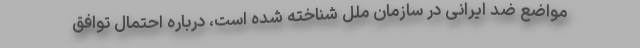
مواضع ضد ایرانی در سازمان ملل شناخته شده است، درباره احتمال توافق